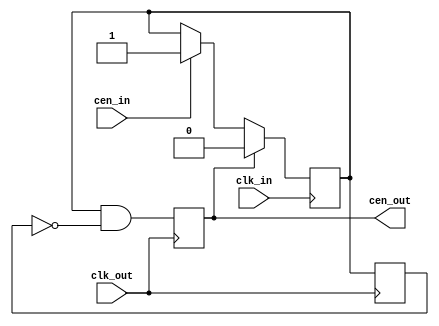
// This program was cloned from: https://github.com/atrac17/Toaplan2
// License: GNU General Public License v3.0

/*  This file is part of JTFRAME.
    JTFRAME program is free software: you can redistribute it and/or modify
    it under the terms of the GNU General Public License as published by
    the Free Software Foundation, either version 3 of the License, or
    (at your option) any later version.

    JTFRAME program is distributed in the hope that it will be useful,
    but WITHOUT ANY WARRANTY; without even the implied warranty of
    MERCHANTABILITY or FITNESS FOR A PARTICULAR PURPOSE.  See the
    GNU General Public License for more details.

    You should have received a copy of the GNU General Public License
    along with JTFRAME.  If not, see <http://www.gnu.org/licenses/>.

    Author: Jose Tejada Gomez. Twitter: @topapate
    Version: 1.0
    Date: 14-11-2021 */

// Converts a clock enable (cen) signal in the fast domain
// to a cen in the slow domain
// The effective cen frequency cannot be greater than 0.5*clk_out

module jtframe_crossclk_cen(
    input       clk_in,     // fast clock
    input       cen_in,
    input       clk_out,    // slow clock
    output reg  cen_out
);

reg flag;

initial begin
    flag    = 0;
    cen_out = 0;
end

always @(posedge clk_in) begin
    if( cen_in  ) flag <= 1;
    if( cen_out ) flag <= 0;
end

reg flag_l;

always @(posedge clk_out) begin
    flag_l  <= flag;
    cen_out <= flag && !flag_l;
end

endmodule